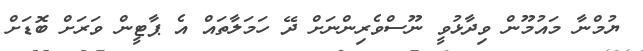
ޔުމްނާ މައުމޫން ވިދާޅުވީ ނޫސްވެރިންނަށް ދޭ ހަމަލާތައް އެ ޕާޓީން ވަރަށް ބޮޑަށް